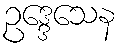
ဥဒ္ဒေသေန